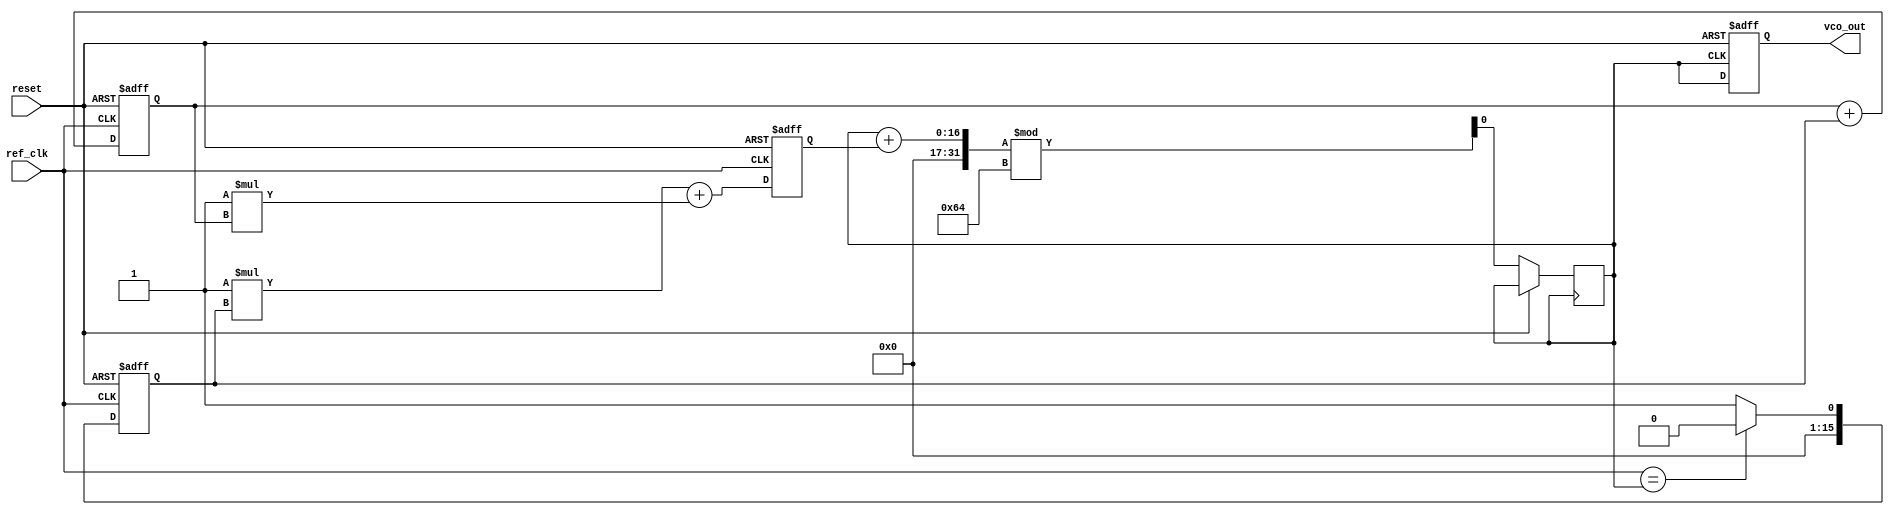
module type2_pll (
    input wire ref_clk,          // Reference clock input
    input wire reset,           // Asynchronous reset
    output reg vco_out          // VCO output clock
);

// Parameters (configure as needed)
parameter LOCK_TIME = 100;    // Lock time (could be time-sensitive)
parameter JITTER = 5;          // Jitter (in ns, for example)
parameter P_GAIN = 1;          // Proportional gain for loop filter
parameter I_GAIN = 1;          // Integral gain for loop filter

// Internal signals
reg [15:0] phase_error;       // Phase error
reg [15:0] control_voltage;    // Control voltage for VCO
reg [15:0] integral;           // Integral component for loop filter
reg vco_clk;                  // Internal VCO clock signal

// Phase Detector
always @(posedge ref_clk or posedge reset) begin
    if (reset) begin
        phase_error <= 0;
    end else begin
        // Phase error logic (should be replaced with actual comparison)
        // This is a simplified example: replace with an actual phase comparator
        phase_error <= (ref_clk == vco_clk) ? 0 : 1;
    end
end

// Loop Filter
always @(posedge ref_clk or posedge reset) begin
    if (reset) begin
        integral <= 0;
        control_voltage <= 0;
    end else begin
        // Proportional + Integral control
        integral <= integral + phase_error; // Integrate phase error
        control_voltage <= P_GAIN * phase_error + I_GAIN * integral; // Proportional and integral components
    end
end

// Voltage-Controlled Oscillator (VCO)
always @(posedge vco_clk or posedge reset) begin
    if (reset) begin
        vco_out <= 0; // Reset output clock
    end else begin
        // Simple example of VCO behavior (periodicity based on control voltage)
        // The actual implementation would depend on the characteristics of your VCO
        vco_clk <= (vco_clk + control_voltage) % LOCK_TIME; // Update frequency
        vco_out <= vco_clk; // Drive output clock
    end
end

// Feedback Path (simplified for this example)
always @(posedge vco_out) begin
    // Feedback to phase detector.
    // This is a simple model where vco_clk is used to compare phase with ref_clk.
end

endmodule